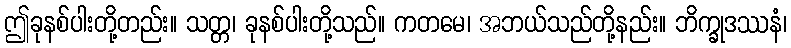
ဤခုနစ်ပါးတို့တည်း။ သတ္တ၊ ခုနစ်ပါးတို့သည်။ ကတမေ၊ အဘယ်သည်တို့နည်း။ ဘိက္ခုဒဿနံ၊